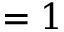
= 1